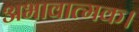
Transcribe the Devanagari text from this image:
अभावात्मक।